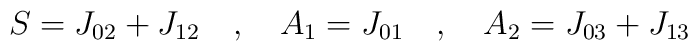
S=J_{02}+J_{12} \quad,\quad A_{1}=J_{01} \quad,\quad A_{2}=J_{03}+J_{13}